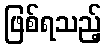
ဖြစ်ရသည့်